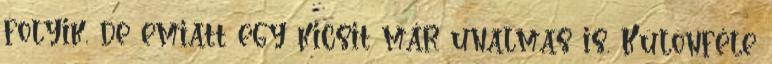
folyik, de emiatt egy kicsit már unalmas is. Különféle